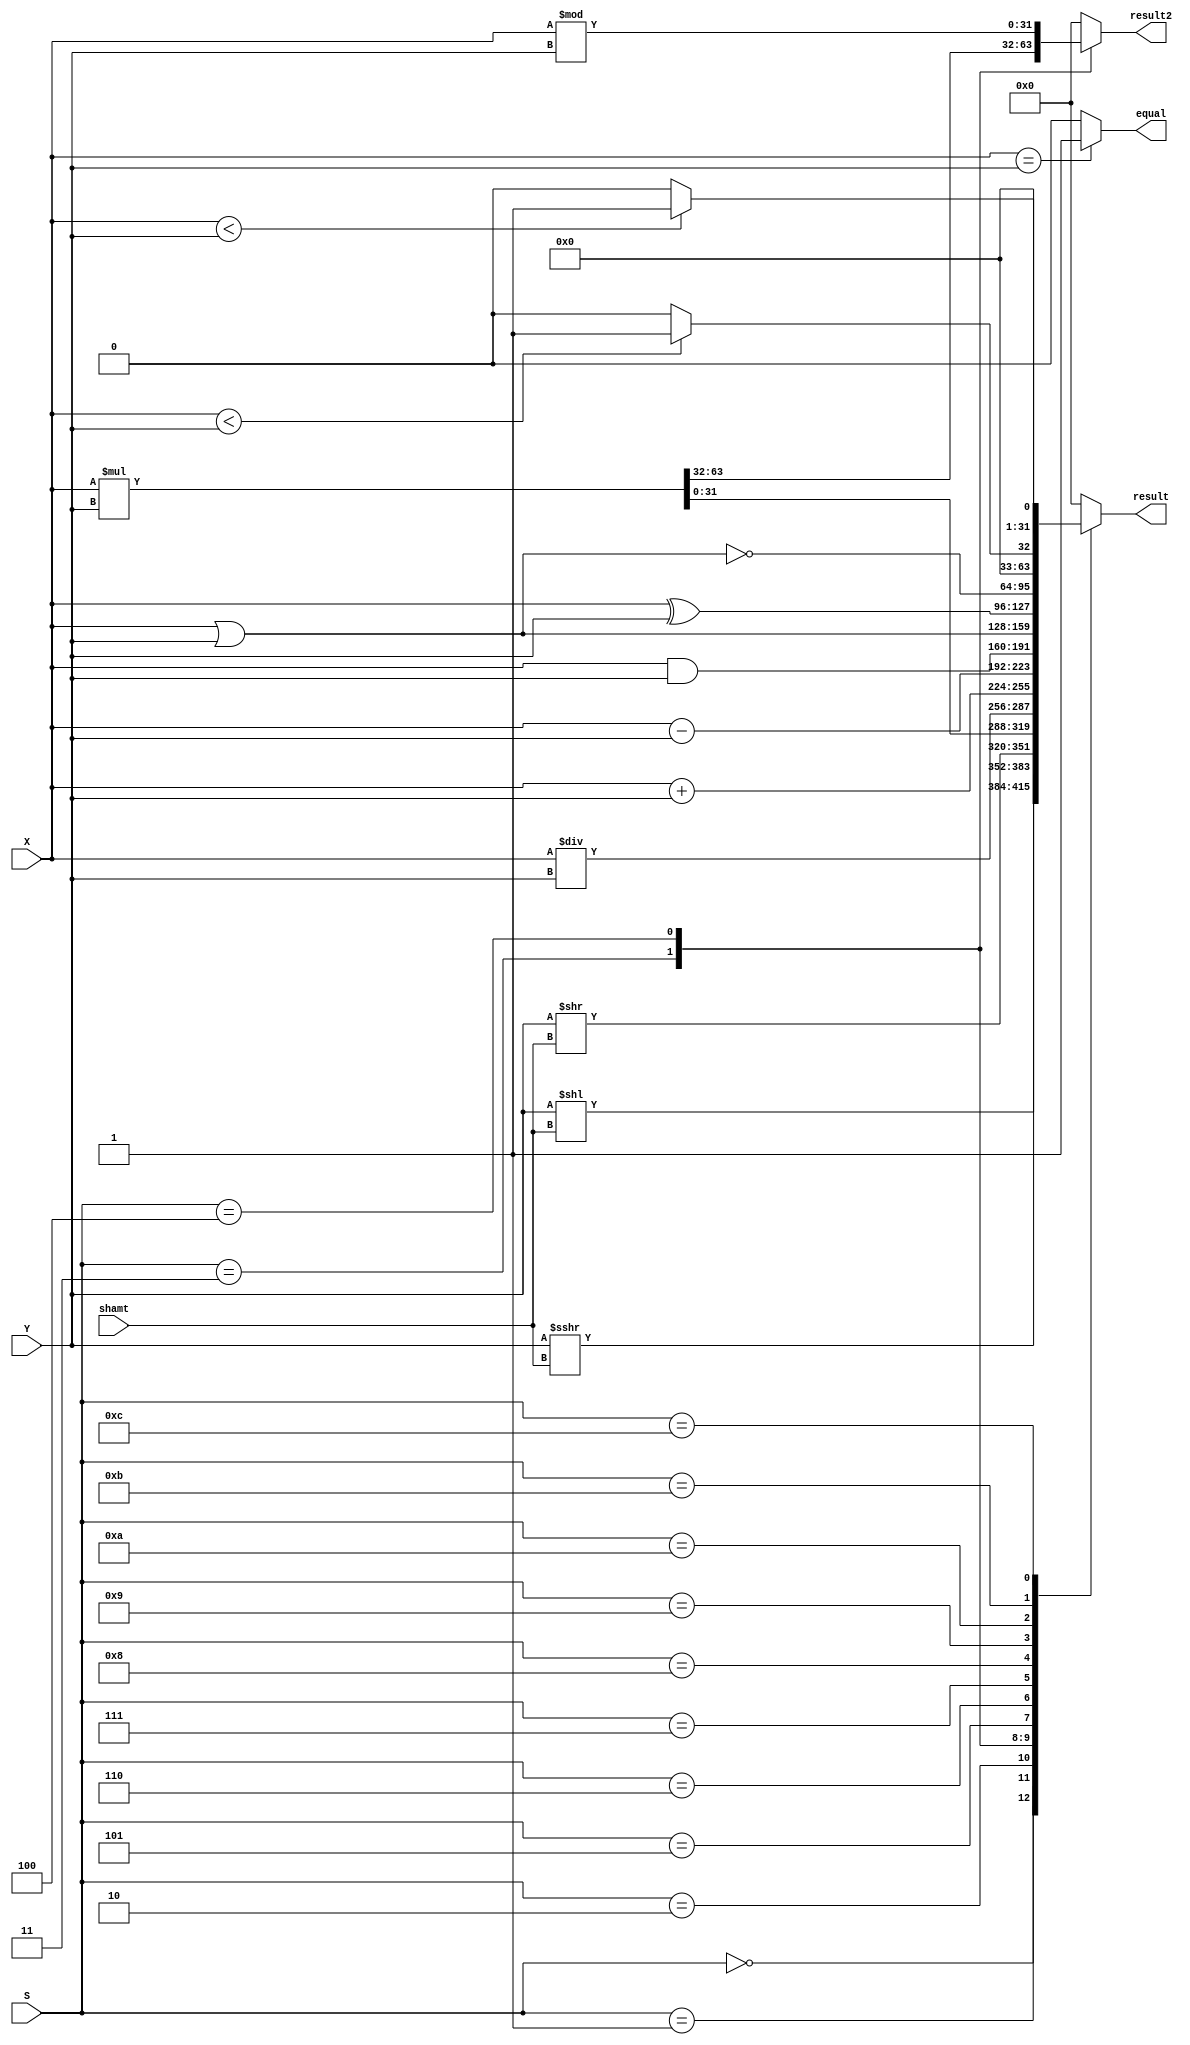
`timescale 1ns / 1ps
//////////////////////////////////////////////////////////////////////////////////
// Company: 
// Engineer: 
// 
// Design Name: 
// Module Name: ALU
// Project Name: 
// Target Devices: 
// Tool Versions: 
// Description: 
// 
// Dependencies: 
// 
// Revision:
// Revision 0.01 - File Created
// Additional Comments:
// 
//////////////////////////////////////////////////////////////////////////////////


module ALU(X,Y,S,shamt,result,result2,equal);
    input [31:0] X,Y;
    input [3:0] S;
    input [4:0] shamt;
    output reg equal;
    output reg [31:0] result,result2;
        
    wire signed [31:0] a = X, b = Y;
    always @(*) begin
          equal = (a==b)?1:0;
          result2 = 32'b0;
          case(S) 
                   4'b0000: result = Y << shamt;
                   4'b0001: result = b >>> shamt;
                   4'b0010:  result = Y >> shamt;
                   4'b0011: {result2, result} = a * b;
                   4'b0100: begin result = a / b; result2 = a % b; end
                   4'b0101: result = X + Y;
                   4'b0110: result = X - Y;
                   4'b0111: result = X & Y;
                   4'b1000: result = X | Y;
                   4'b1001: result = X ^ Y;
                   4'b1010: result = ~(X | Y);
                   4'b1011: result = a<b?1:0;
                   4'b1100: result = X<Y?1:0;
                   default: result = 0;
           endcase
           end
  
endmodule